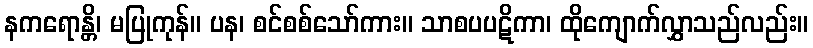
နကရောန္တိ၊ မပြုကုန်။ ပန၊ စင်စစ်သော်ကား။ သာစပပဋိကာ၊ ထိုကျောက်လွှာသည်လည်း။